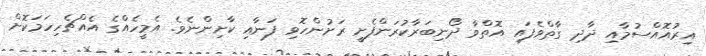
އިރުއޮއްސުމާއި ދާދި ގާތްވެފައި އޮތްވާ ދޯނިބަރާކުރަންފެށީ ރަށުންހޮވި ފަނާއި ކާށިންނެވެ. އެމީހެއްގެ އެއްޗެހިހަމަކޮށް